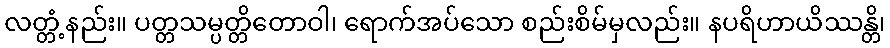
လတ္တံ့နည်း။ ပတ္တသမ္ပတ္တိတောဝါ၊ ရောက်အပ်သော စည်းစိမ်မှလည်း။ နပရိဟာယိဿန္တိ၊